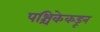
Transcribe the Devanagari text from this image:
पश्चिकेकडून